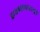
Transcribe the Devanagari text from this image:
डायनामायटामुळे